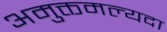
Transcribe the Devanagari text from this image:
अमुक्तमल्यदा